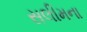
સલીમના